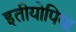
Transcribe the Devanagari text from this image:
इतीयोपिया